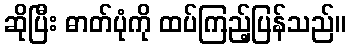
ဆိုပြီး ဓာတ်ပုံကို ထပ်ကြည့်ပြန်သည်။